Aleksander_Warma, lk 44
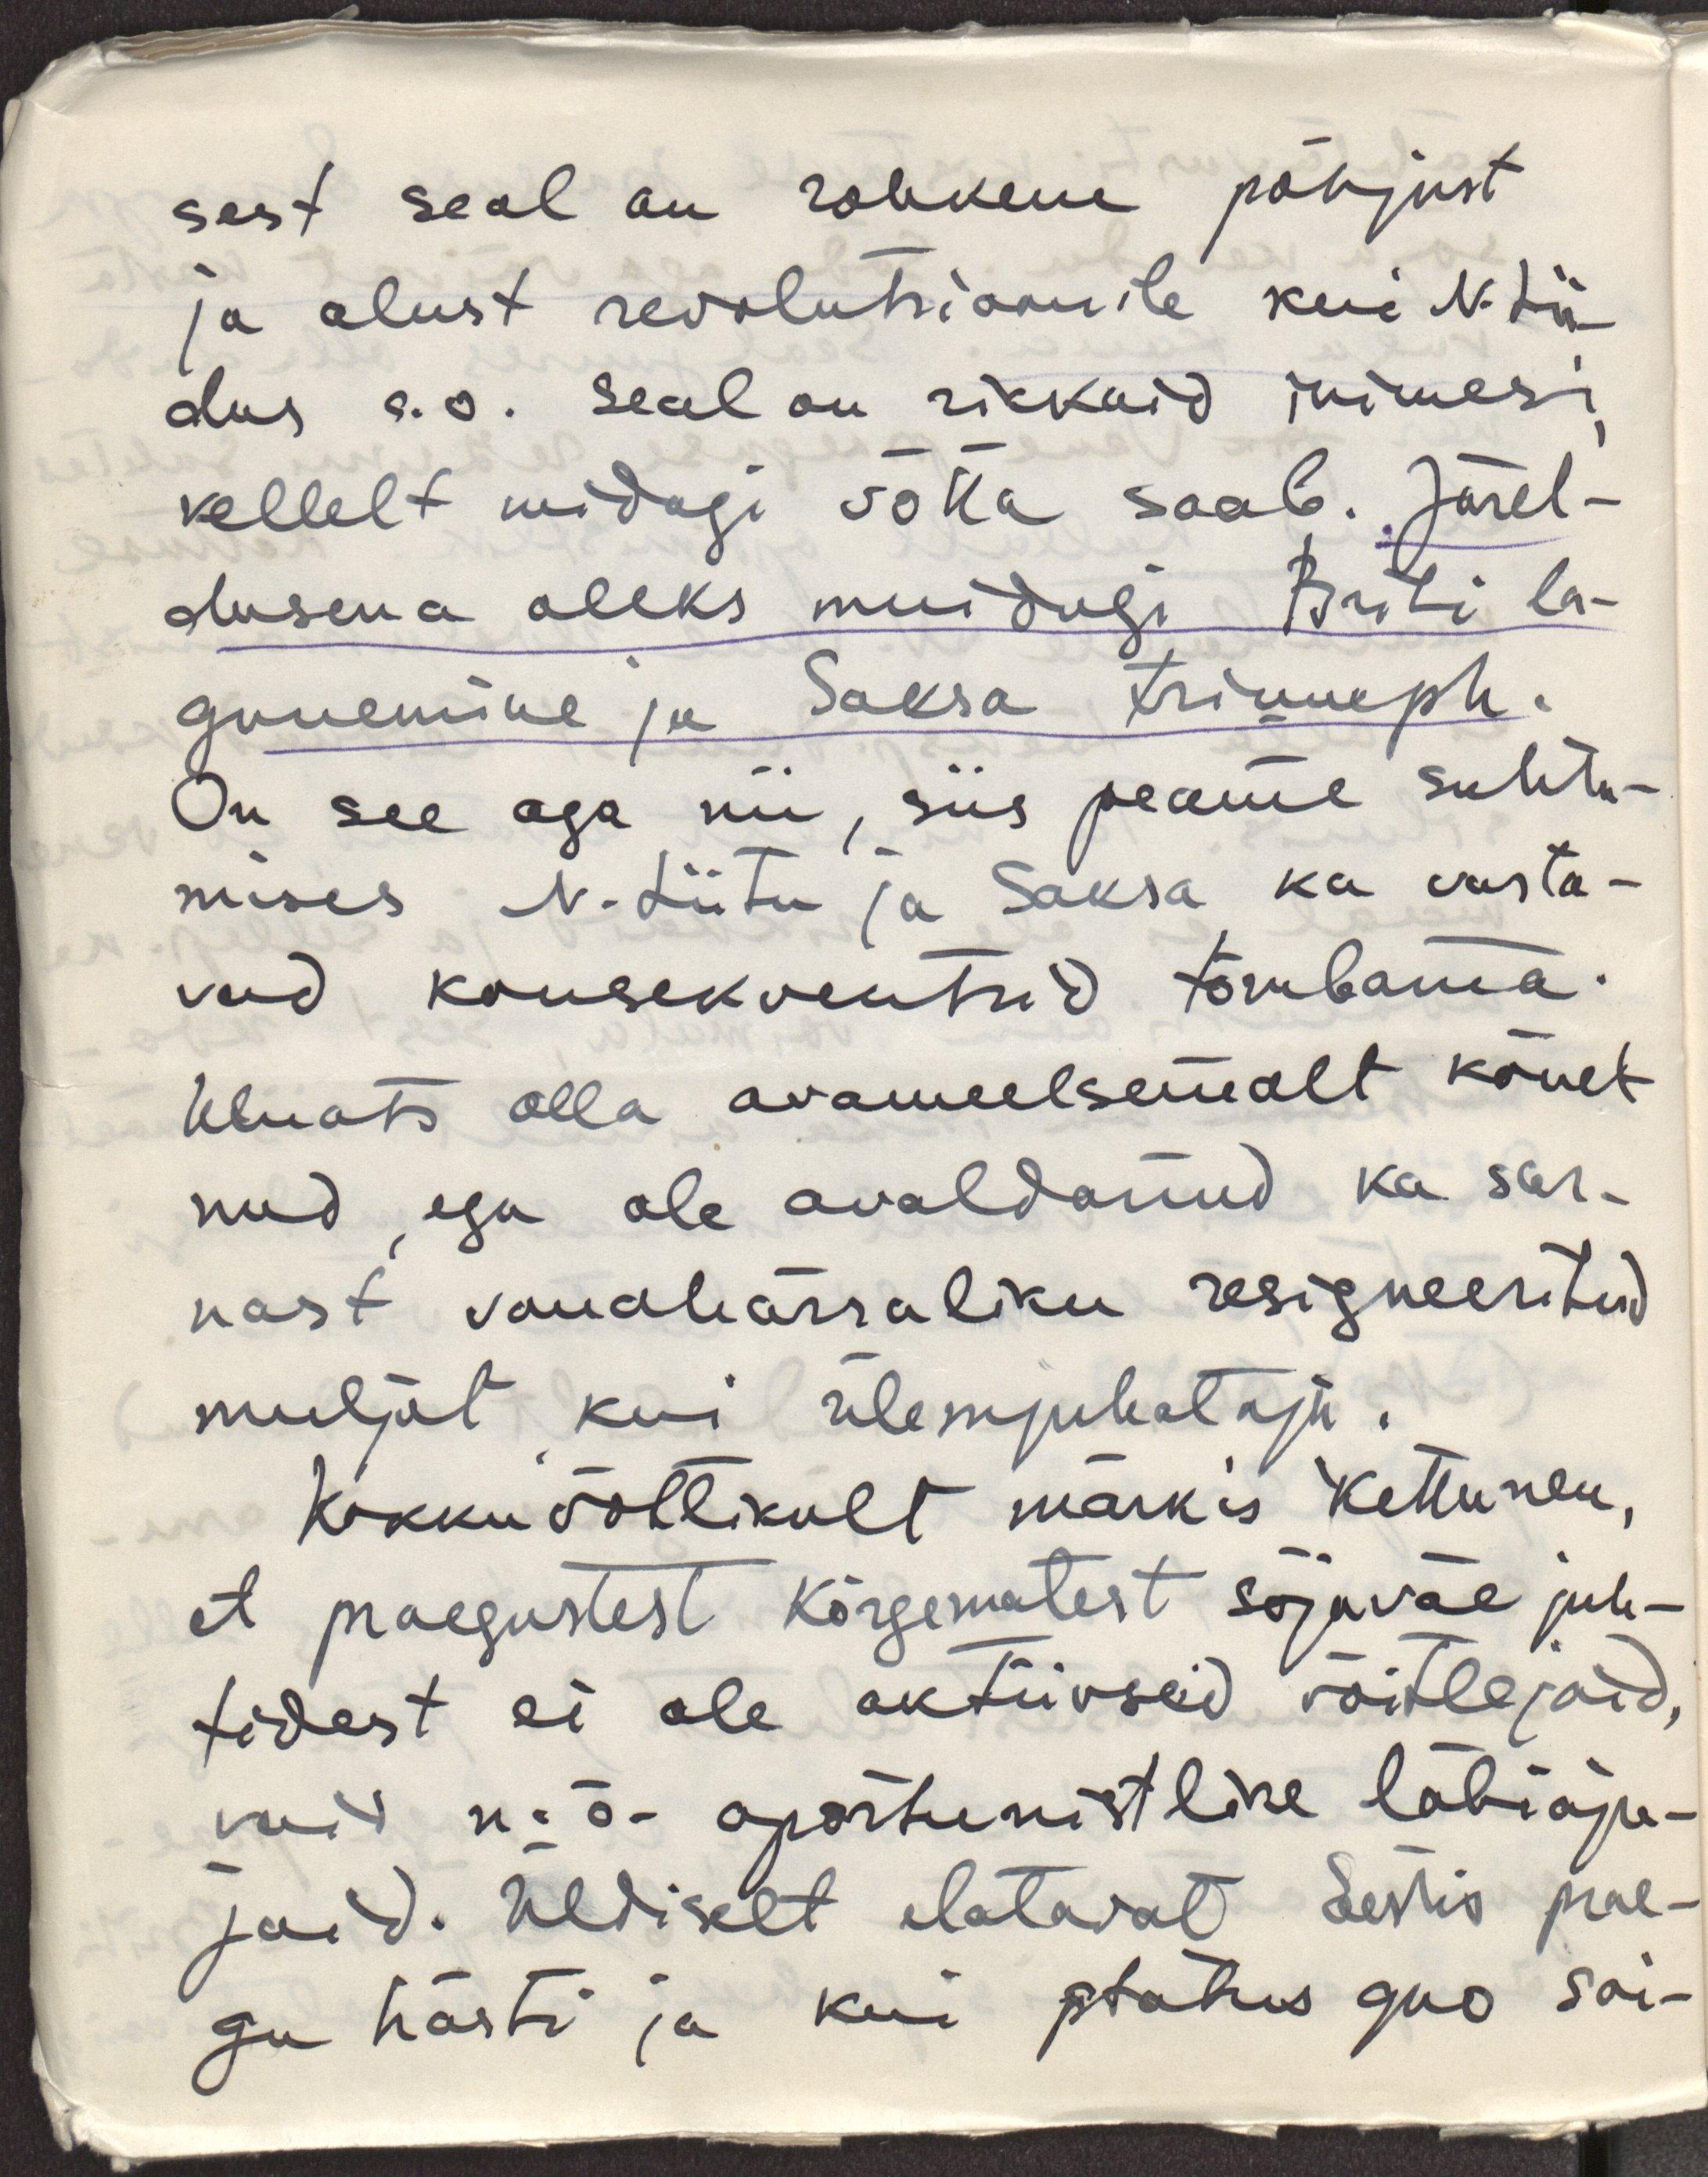
sest seal on rohkem põhjust
ja alust revolutsioonile kui N.Lii-
dus s.o seal on rikkaid inimesi,
kellelt midagi võtta saab. Järel-
dusena oleks muidugi Briti la-
gunemine ja Saksa triumph.
On see aga nii, siis peame suhtu-
mises N.Liidu ja Saksa ka vasta-
vad konsekventsid tõmbama.
Uluots olla avameelsemalt kõnel-
nud, ega ole avaldanud ka sar-
nast vanahärraliku resigneeritud
muljet kui ülemjuhataja. 
Kokkuvõttlikult märkis Kettunen, 
et praegustest kõrgematest sõjaväe juh-
tidest ei ole aktiivseid võitlejaid, 
vaid n.ö oportunistlike läbiaja-
jaid. Üldiselt elatavat Eestis prae-
gu hästi ja kui status quo sai-